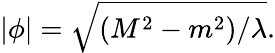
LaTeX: |\phi|=\sqrt{(M^{2}-m^{2})/\lambda}.